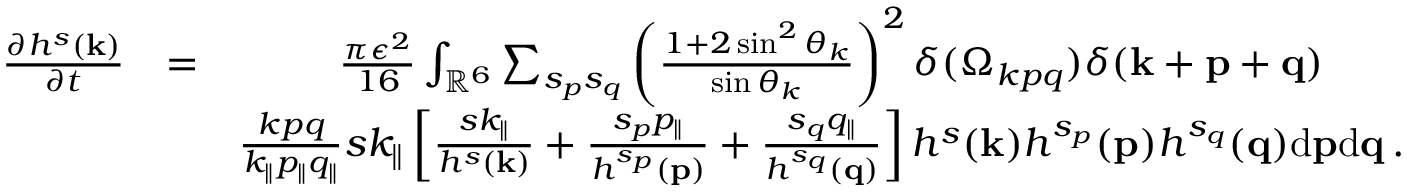
\begin{array} { r l r } { \frac { \partial h ^ { s } ( { \bf k } ) } { \partial t } } & { = } & { \frac { \pi \epsilon ^ { 2 } } { 1 6 } \int _ { { \mathbb { R } } ^ { 6 } } \sum _ { s _ { p } s _ { q } } \left( \frac { 1 + 2 \sin ^ { 2 } \theta _ { k } } { \sin \theta _ { k } } \right) ^ { 2 } \delta ( \Omega _ { k p q } ) \delta ( { \bf k } + { \bf p } + { \bf q } ) \quad \quad } \\ & { } & { \frac { k p q } { k _ { \parallel } p _ { \parallel } q _ { \parallel } } s k _ { \parallel } \left[ \frac { s k _ { \parallel } } { h ^ { s } ( { \bf k } ) } + \frac { s _ { p } p _ { \parallel } } { h ^ { s _ { p } } ( { \bf p } ) } + \frac { s _ { q } q _ { \parallel } } { h ^ { s _ { q } } ( { \bf q } ) } \right] h ^ { s } ( { \bf k } ) h ^ { s _ { p } } ( { \bf p } ) h ^ { s _ { q } } ( { \bf q } ) \mathrm { d } { \bf p } \mathrm { d } { \bf q } \, . } \end{array}